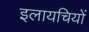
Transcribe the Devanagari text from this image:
इलायचियों